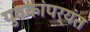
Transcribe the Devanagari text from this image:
युवकांपर्यंत